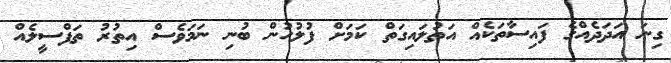
ގިނަ އަދަދެއްގެ ފައިސާތަކެއް އަތުލައިގަތް ކަމަށް ފުލުހުން ބުނި ނަމަވެސް އިތުރު ތަފްސީލެއް